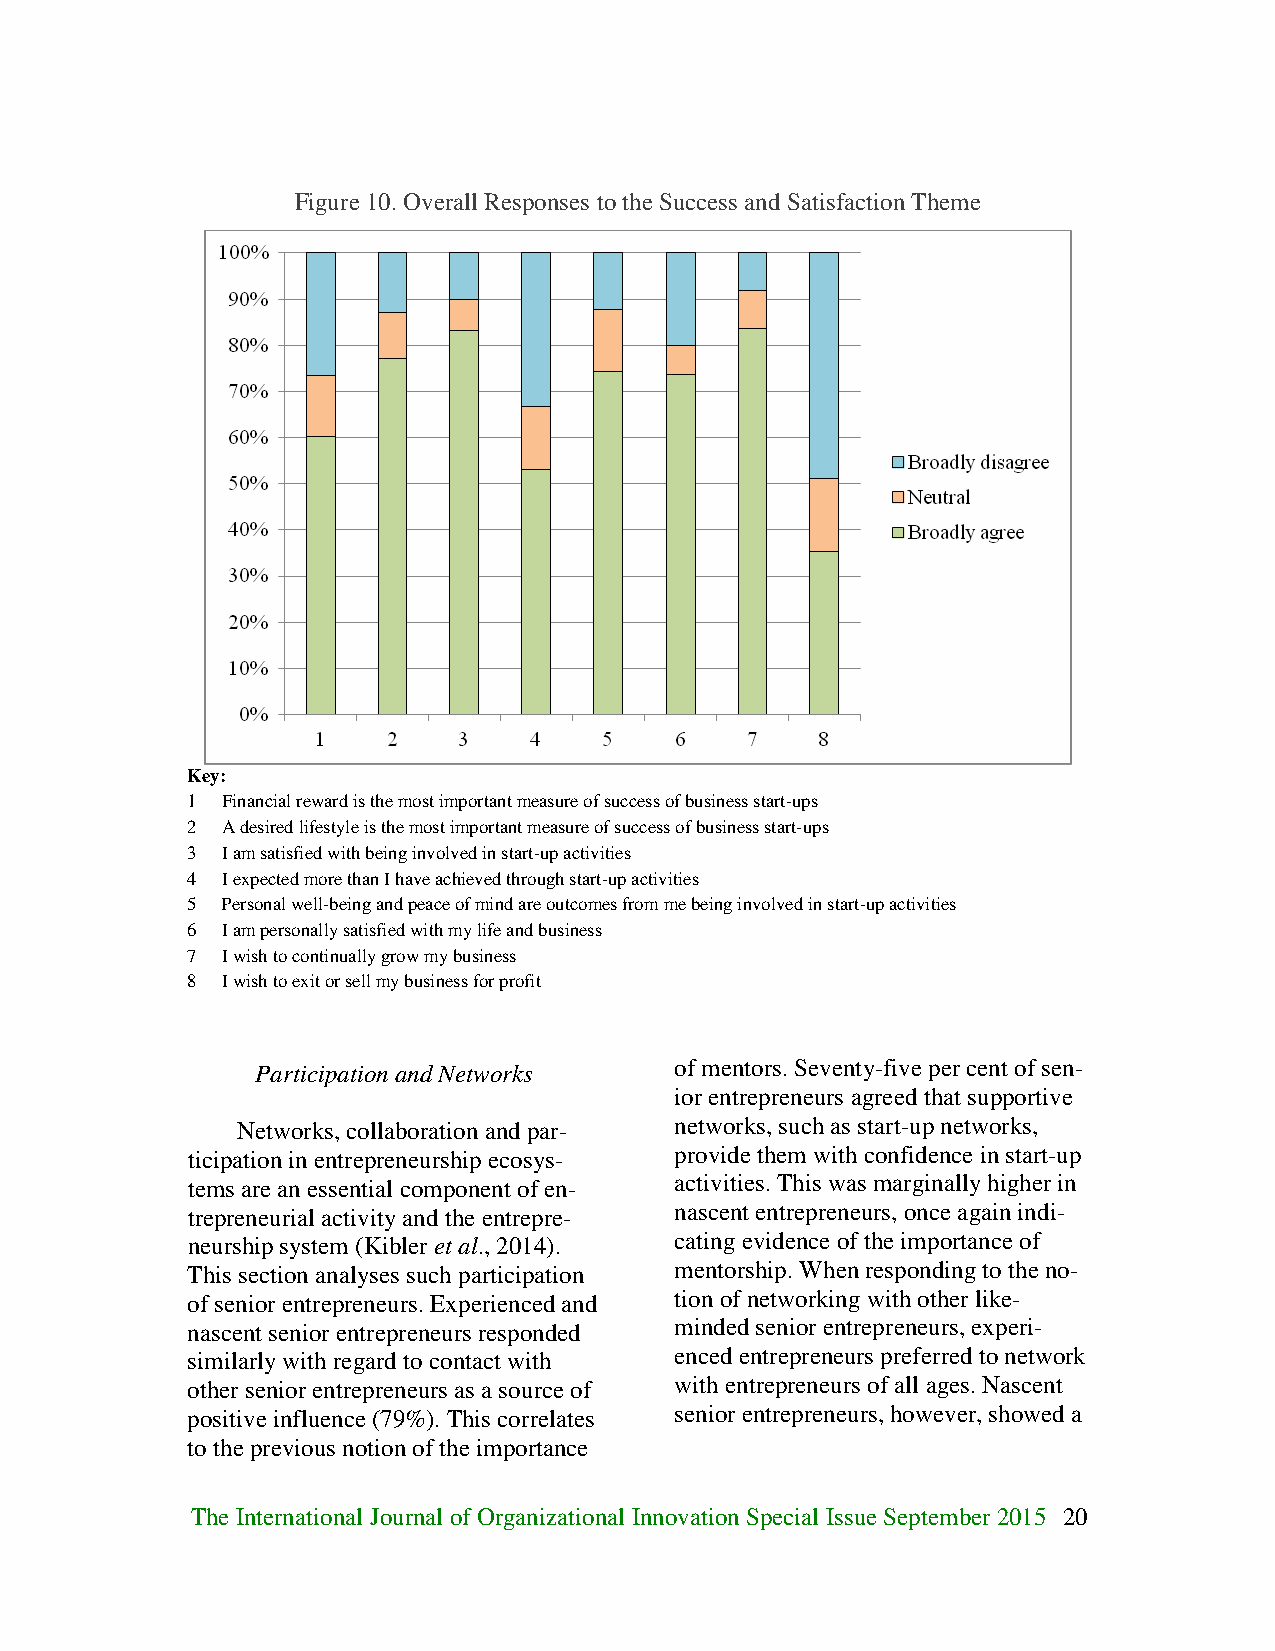
Figure 10. Overall Responses to the Success and Satisfaction Theme
 Key:
 1  Financial reward is the most important measure of success of business start-ups
 2  A desired lifestyle is the most important measure of success of business start-ups
 3  I am satisfied with being involved in start-up activities
 4  I expected more than I have achieved through start-up activities
 5  Personal well-being and peace of mind are outcomes from me being involved in start-up activities
 6  I am personally satisfied with my life and business
 7  I wish to continually grow my business
 8  I wish to exit or sell my business for profit
 Participation and Networks  of mentors. Seventy-five per cent of sen-
 ior entrepreneurs agreed that supportive
 Networks, collaboration and par- networks, such as start-up networks,
 ticipation in entrepreneurship ecosys- provide them with confidence in start-up
 tems are an essential component of en- activities. This was marginally higher in
 trepreneurial activity and the entrepre- nascent entrepreneurs, once again indi-
 neurship system (Kibler et al., 2014). cating evidence of the importance of
 This section analyses such participation mentorship. When responding to the no-
 of senior entrepreneurs. Experienced and tion of networking with other like-
 nascent senior entrepreneurs responded minded senior entrepreneurs, experi-
 similarly with regard to contact with enced entrepreneurs preferred to network
 other senior entrepreneurs as a source of with entrepreneurs of all ages. Nascent
 positive influence (79%). This correlates senior entrepreneurs, however, showed a
 to the previous notion of the importance
 The International Journal of Organizational Innovation Special Issue September 2015 20